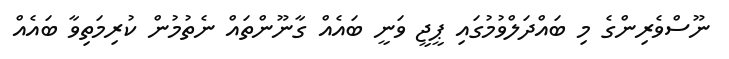
ނޫސްވެރިންގެ މި ބައްދަލްވުމުގައި ޕީޖީ ވަނީ ބައެއް ގާނޫންތައް ނެތުމުން ކުރިމަތިވާ ބައެއް